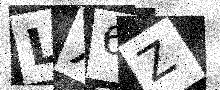
Text: LX6Z